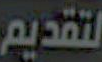
لتقديم